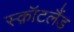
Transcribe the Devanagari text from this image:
स्क़ॉटलैंड